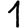
Digit: 1